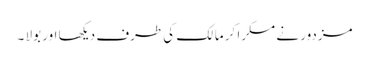
مزدور نے مسکرا کر مالک کی طرف دیکھا اور بولا ۔